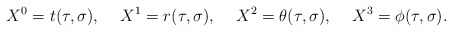
\begin{align*}X^{0} = t(\tau,\sigma), \hspace{0.5cm} X^{1} = r(\tau,\sigma),\hspace{0.5cm} X^{2} = \theta(\tau,\sigma),\hspace{0.5cm} X^{3} = \phi(\tau,\sigma) .\end{align*}